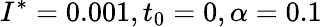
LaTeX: I^{*}=0.001,t_{0}=0,\alpha=0.1